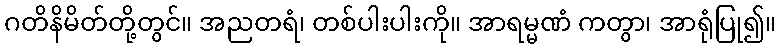
ဂတိနိမိတ်တို့တွင်။ အညတရံ၊ တစ်ပါးပါးကို။ အာရမ္မဏံ ကတွာ၊ အာရုံပြု၍။